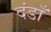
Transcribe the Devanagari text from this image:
दंडाँ